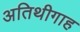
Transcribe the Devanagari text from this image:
अतिथीगाह